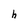
Character: h